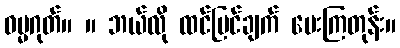
ဓမ္မဂုတ်။ ။ ဘယ်လို ထင်မြင်ချက် ပေးကြတုန်း။